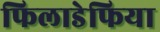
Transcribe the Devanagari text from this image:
फिलाडेफिया